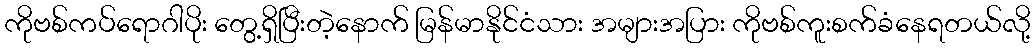
ကိုဗစ်ကပ်ရောဂါပိုး တွေ့ရှိပြီးတဲ့နောက် မြန်မာနိုင်ငံသား အများအပြား ကိုဗစ်ကူးစက်ခံနေရတယ်လို့